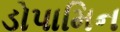
ડોપામિન